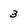
Character: 3